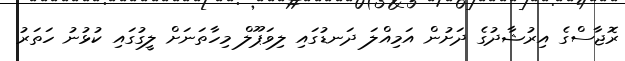
ރޮޖާސްގެ އިރުޝާދުގެ ދަށުން އަމިއްލަ ދަނޑުގައި ލިވަޕޫލް މިހާތަނަށް ލީގުގައި ކުޅުނު ހަތަރު